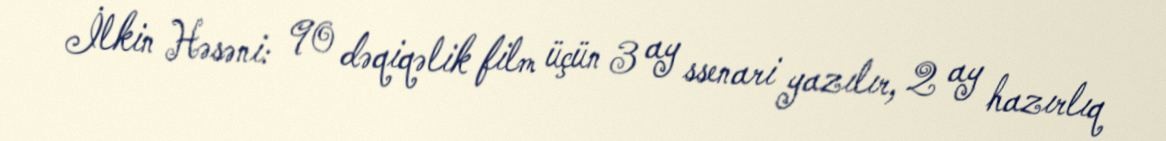
İlkin Həsəni: 90 dəqiqəlik film üçün 3 ay ssenari yazılır, 2 ay hazırlıq